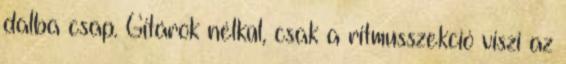
dalba csap. Gitárok nélkül, csak a ritmusszekció viszi az